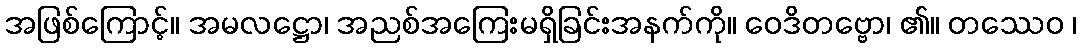
အဖြစ်ကြောင့်။ အမလဋ္ဌော၊ အညစ်အကြေးမရှိခြင်းအနက်ကို။ ဝေဒိတဗ္ဗော၊ ၏။ တဿေဝ ၊